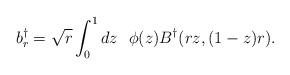
LaTeX: \begin{align*}b_r^{\dagger}= \sqrt{r}\int_0^1 dz\ \ \phi(z) B^{\dagger}(rz,(1-z)r).\end{align*}